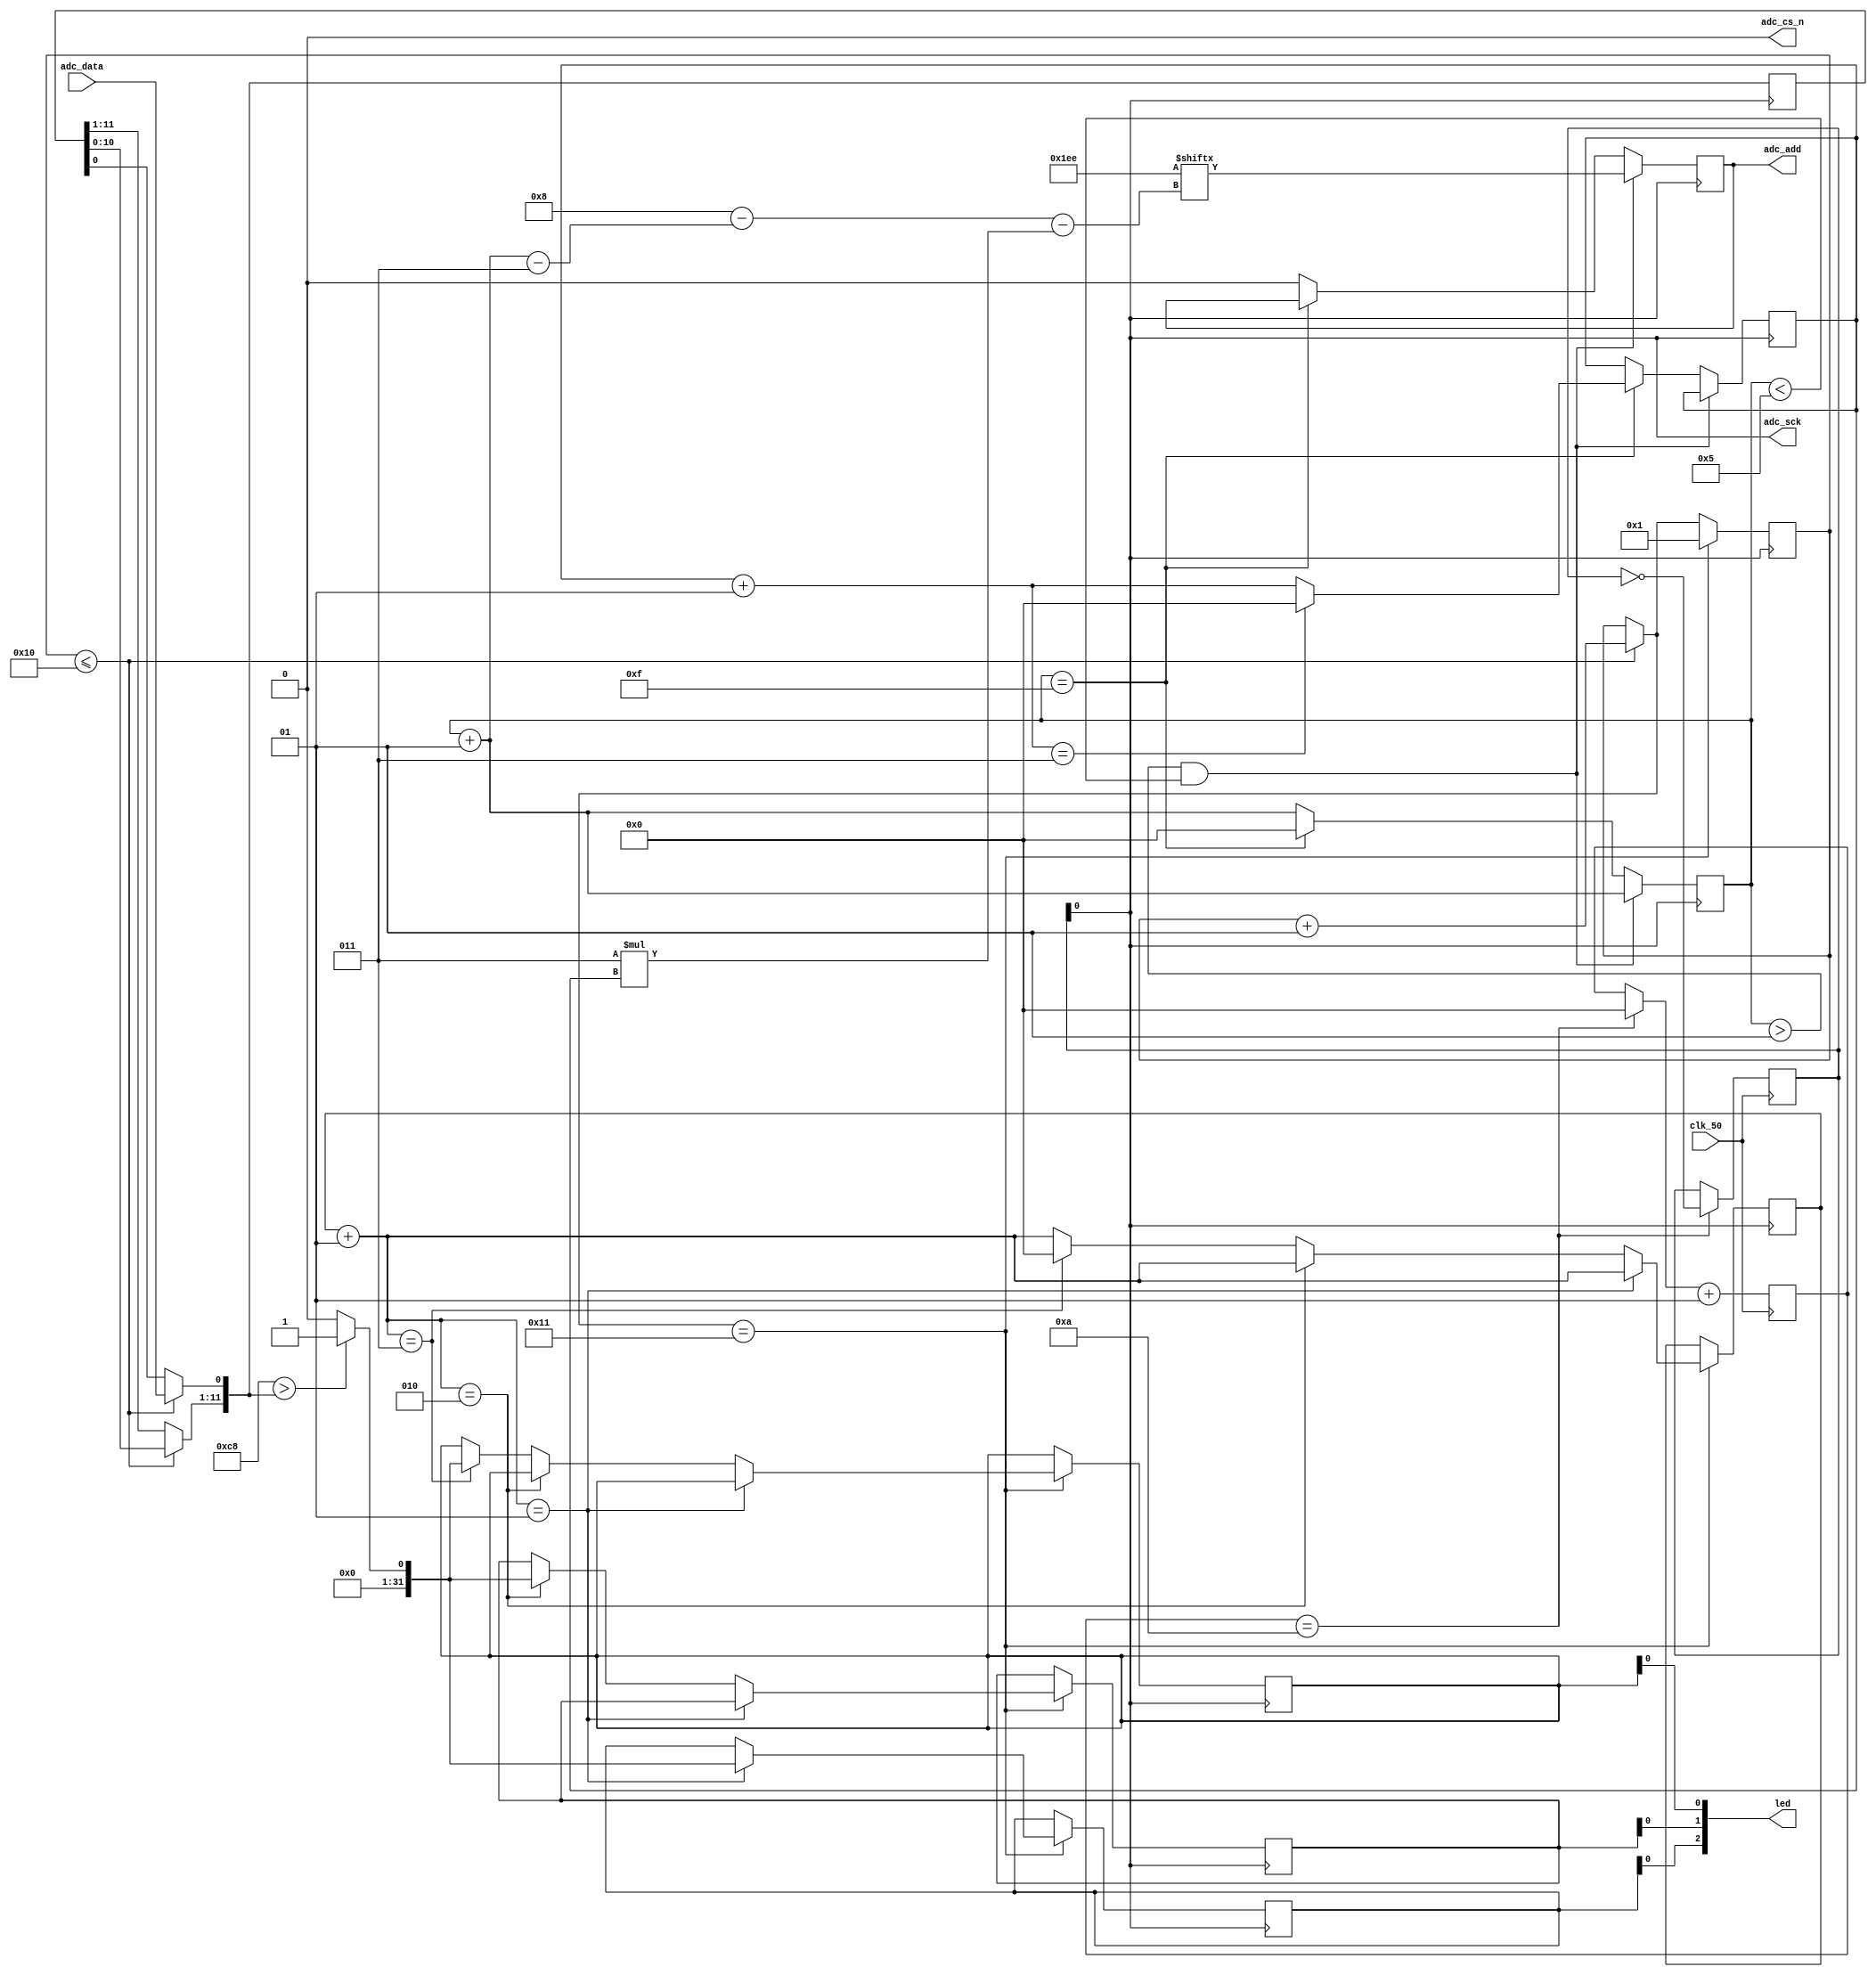
module line_sensor(
	input clk_50,
	output [2:0] led,
	output adc_sck,
	output adc_cs_n,
	input adc_data,
	output adc_add 
);

//ADC CLOCK
integer clk_count = 0;
integer q_clk = 1;
always @(negedge clk_50)
	begin
		if (clk_count==10)
			begin
				clk_count = 0;
				q_clk =~ q_clk;
			end
		clk_count = clk_count+1;
	end
	assign adc_sck = q_clk;

//ADC CHIP SELECT
assign adc_cs_n = 1'b0;

//CHANNEL SELECT
integer cs_count = 0;
integer cs_check = 0;
reg [8:0] ch = 9'b111101110;
reg temp;
always @(negedge adc_sck)
	begin
		if ((cs_count>1)&&(cs_count<5))
			begin
				cs_count = cs_count+1;
				temp <= ch[8-(cs_count-3)-3*cs_check];
			end
		else if (cs_count==15)
			begin
				cs_count=0;
				cs_check=cs_check+1;
				if (cs_check==3)
					cs_check=0;
			end
		else
			begin
				temp <= 1'b0;
				cs_count=cs_count+1;
			end
	end
	assign adc_add = temp;

//ADC VALUE
integer adcvalue=200;
integer l1=1,l2=1,l3=1;
integer dch = 0;
integer doutc=0;
reg [11:0] adc1=12'b0, adc2=12'b0, adc3=12'b0, tempadc=12'b0;
always @(posedge adc_sck) 
	begin
		if(doutc<=16) 
			begin
				tempadc=tempadc<<1;
				tempadc[0]=adc_data;
				doutc=doutc+1;
			end
		if(doutc == 17)
			begin
				doutc= 1;
				dch = dch +1;
				if (dch == 1)
					begin
						adc1 =tempadc;
						if (adcvalue>adc1)
							l3=1;
						else
							l3=0;
					end
				else if (dch == 2)
					begin
						adc2 =tempadc;
						if (adcvalue>adc2)
							l2=1;
						else
							l2=0;
					end
				else if (dch == 3)
					begin
						adc3 =tempadc;
						if (adcvalue>adc3)
							l1=1;
						else
							l1=0;
						dch = 0;
					end
			end
	end
	assign led[0] = l1;
	assign led[1] = l2;
	assign led[2] = l3;
endmodule